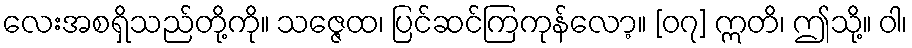
လေးအစရှိသည်တို့ကို။ သဇ္ဇေထ၊ ပြင်ဆင်ကြကုန်လော့။ [၀၇] ဣတိ၊ ဤသို့။ ဝါ၊